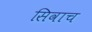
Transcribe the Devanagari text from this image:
सिवाच